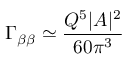
\Gamma _ { \beta \beta } \simeq { \frac { Q ^ { 5 } | A | ^ { 2 } } { 6 0 \pi ^ { 3 } } }